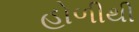
હોળીથી